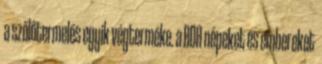
a szőlőtermelés egyik végterméke. a BOR népeket és embereket